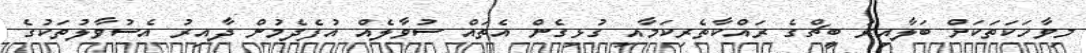
މިވާހަކަތަކަށް ބަލާއިރު ބީޗްގެ ރައްކާތެރިކަމާއި ގުޅިގެން އެތައް ސުވާލެއް އުފެދެމުން ދާއިރު އެސުވާލުތަކުގެ